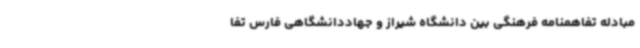
مبادله تفاهمنامه فرهنگی بین دانشگاه شیراز و جهاددانشگاهی فارس تفا